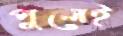
পুলেই